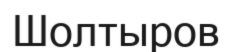
Шолтыров